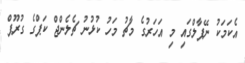
އެކަމަކު ނޭޕާލްގައި މި އަހަރުގެ މާޗު މަހު ކުޅުނު ޗެލެންޖް ކަޕްގެ ގުރޫޕް